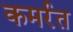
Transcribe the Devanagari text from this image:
कमर्रत